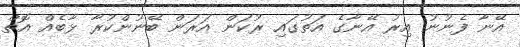
އޭނާ ފެނުނު އިރު އޭނާގެ އަތުގައި ރުކަން އަރަން ބޭނުންކުރާ ޅާބެއް އޮތް